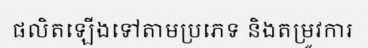
ផលិតឡើងទៅតាមប្រភេទ និងតម្រូវការ